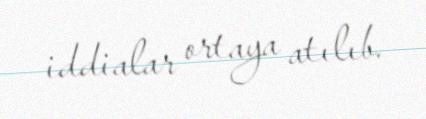
iddialar ortaya atılıb.